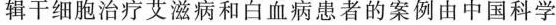
辑干细胞治疗艾滋病和白血病患者的案例由中国科学